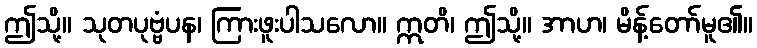
ဤသို့။ သုတပုဗ္ဗံပန၊ ကြားဖူးပါသလော။ ဣတိ၊ ဤသို့။ အာဟ၊ မိန့်တော်မူ၏။